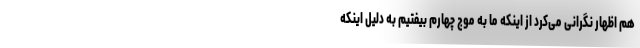
هم اظهار نگرانی می‌کرد از اینکه ما به موج چهارم بیفتیم به دلیل اینکه